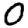
Digit: 0